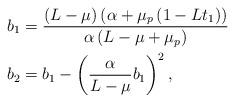
LaTeX: \begin{align*}&b_1=\frac{\left(L-\mu\right)\left(\alpha+\mu_p\left(1-L t_1\right)\right)}{\alpha\left(L-\mu+\mu_p\right)}\\&b_2=b_1-\left(\frac{\alpha}{L-\mu}b_1\right)^2,\end{align*}